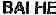
BAI HE